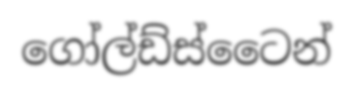
ගෝල්ඩ්ස්ටෛන්